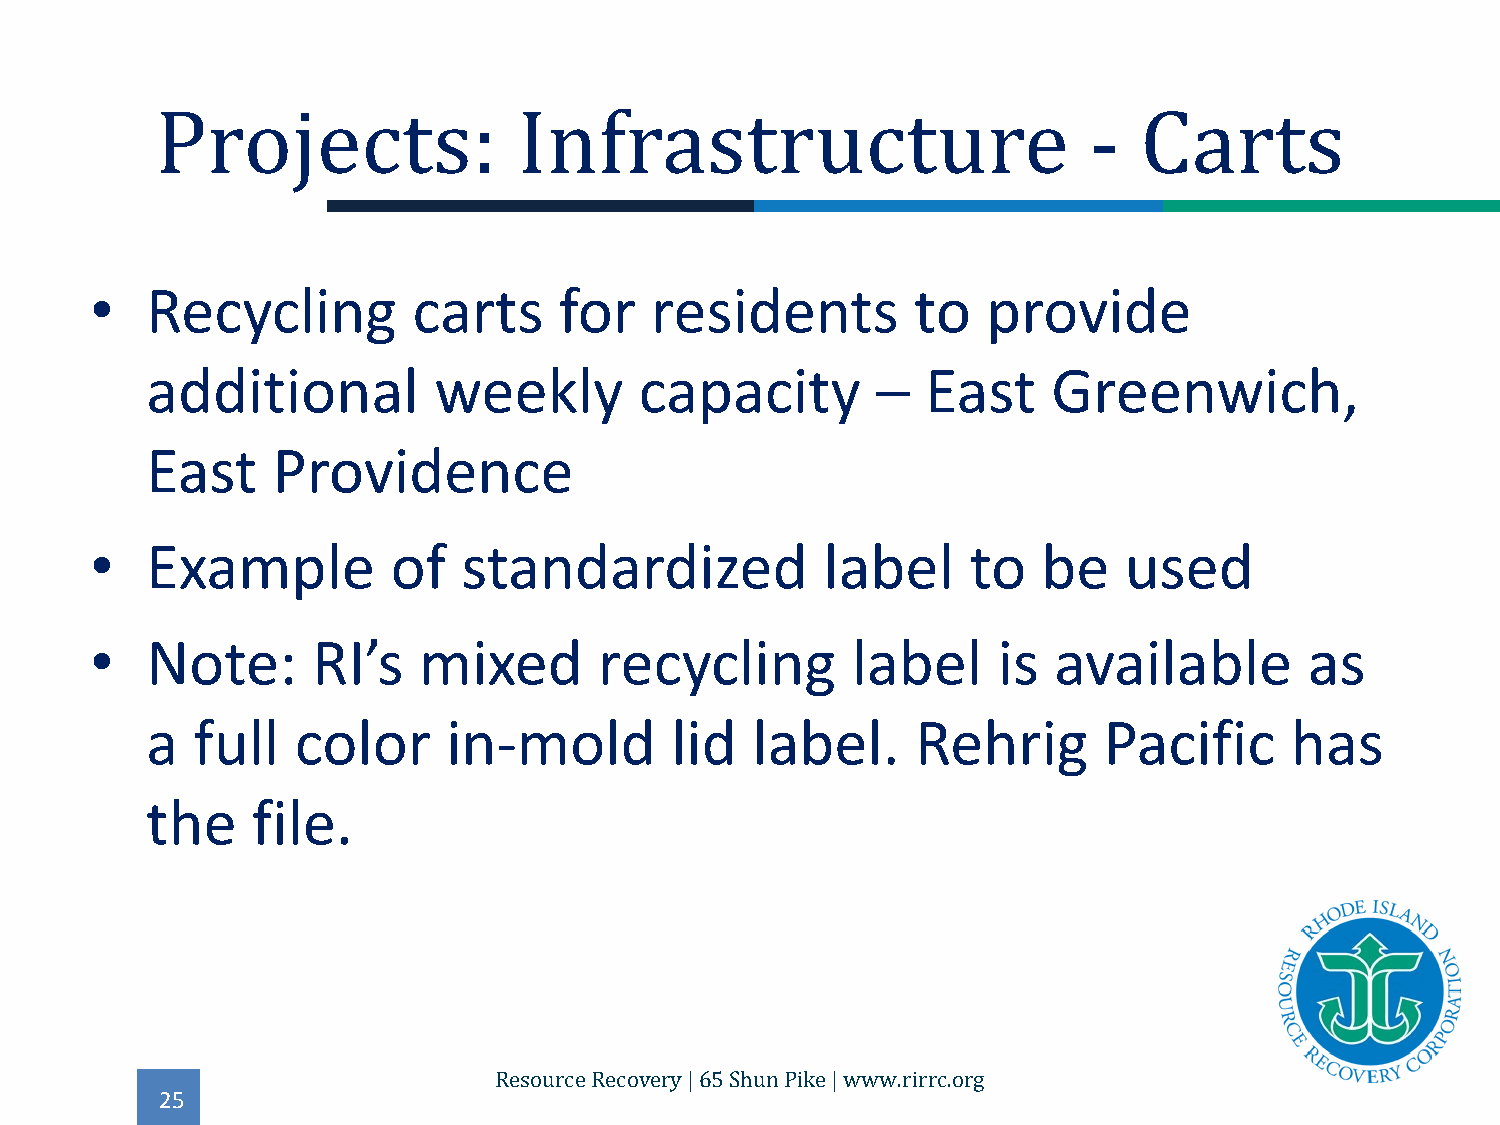
•   Recycling        carts     for   residents         to  provide
 Projects:               Infrastructure                        -  Carts
 additional         weekly       capacity        –  East     Greenwich,
 East    Providence
 •   Example         of   standardized            label    to   be   used
 •   Note:      RI’s   mixed       recycling       label     is  available        as
 a  full   color     in-mold       lid   label.     Rehrig      Pacific     has
 the    file.
 25
 Resource Recovery | 65 Shun Pike | www.rirrc.org